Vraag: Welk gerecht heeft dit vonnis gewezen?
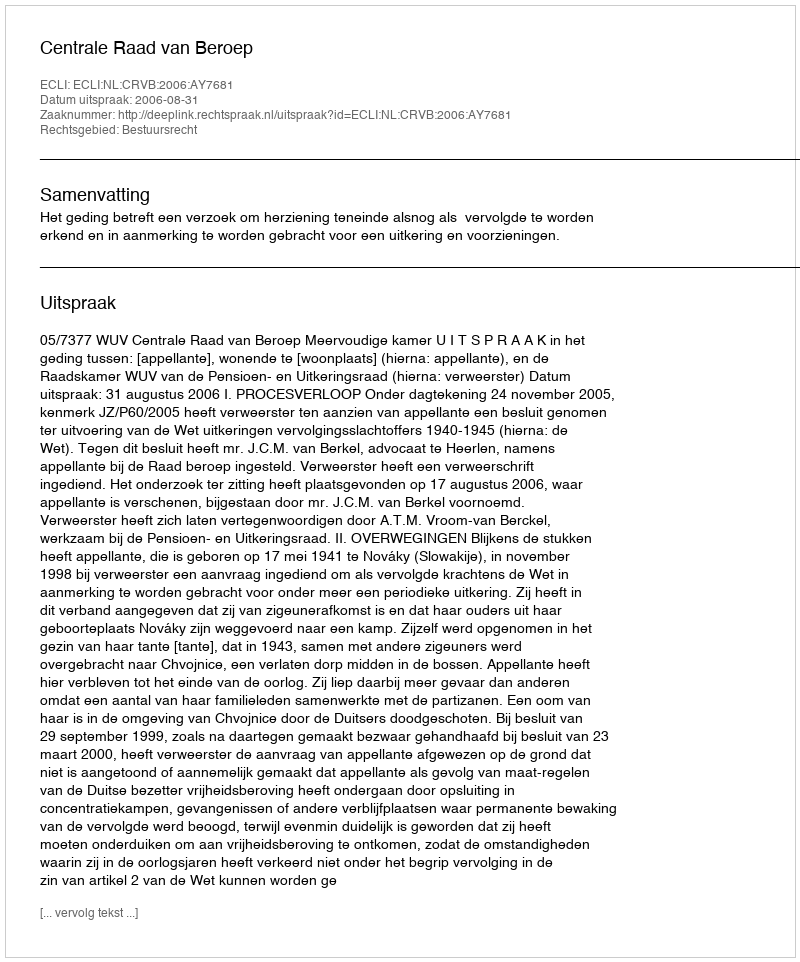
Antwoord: Centrale Raad van Beroep